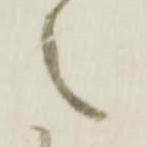
之